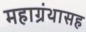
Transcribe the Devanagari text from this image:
महाग्रंथासह